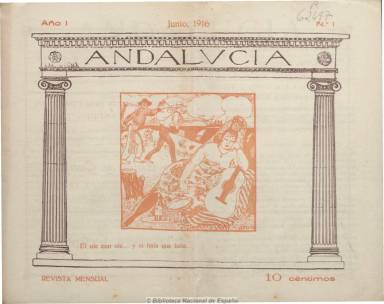
Título: Andalucía (Sevilla)
Colección: Revistas de información general
Ámbito geográfico: Sevilla
Lugar de publicación: Sevilla
Fechas: 01/06/1916-01/12/1917

Revista mensual editada por el Centro Andaluz de Sevilla, es la alternativa política más radical y comprometida del regionalismo andalucista de las dos primeras décadas del siglo veinte, en la que se dan cita Blas Infante, Mario Méndez Bejarano, Alejandro Guichot, José Alemay Borrás y José María Lozano, además de Eduardo Riaño y Adolfo Vasseur-Carrier, entre otros.

Publicada en cuadernos de entre 12 y 32 páginas, en el número 9 aparece el “Manifiesto regionalista”, y en sus páginas se publicarán extensos artículos en torno al regionalismo y el “ideal” andaluz. Con una cubierta gráfica a varias tintas y un formato apaisado, se insertan artículos de política, literatura, arte, historia social y reforma agraria y pedagógica, así como otros de creación literaria, con el fin de “levantar el espíritu de los andaluces”, a la misma vez que rechaza lo que califica de “literatura estéril y decadente”.

Asimismo nace para la divulgación de conocimientos científicos, agrícolas, técnicos, comerciales e industriales, a la vez que aboga por una “redención de la tierra andaluza”, por la “nacionalización” de la misma y por una autonomía regional y municipal. Tendrá también una sección bibliográfica, ofrecerá los precios de los productos básicos de consumo, noticias del Ateneo de Sevilla y, especialmente, del desarrollo y actividades que los diferentes centros andalucistas desarrollan en las diferentes capitales de la región, bajo la presidencia de Blas Infante, del que publicará también sus conferencias. Los textos van acompañados de ilustraciones y fotografías.

Estuvo publicándose en Sevilla desde 1916 a 1917, y en Córdoba, desde 1918 a 1920. Manuel Hijano del Río publicó en 1992 su índice bibliográfico.